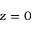
z = 0